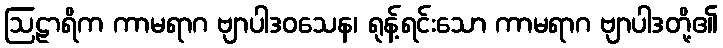
ဩဠာရိက ကာမရာဂ ဗျာပါဒဝသေန၊ ရုန့်ရင်းသော ကာမရာဂ ဗျာပါဒတို့၏